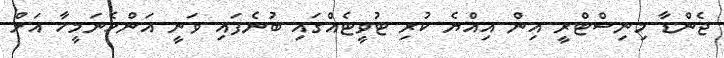
ޖެންޑާ މިނިސްޓްރީ އިން އިއްޔެ ކުރި ޓުވީޓެއްގައި ބުނެފައި ވަނީ އަންހެނަމީހާ އަށް